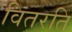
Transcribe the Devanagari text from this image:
वितरति